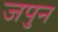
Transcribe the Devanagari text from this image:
जपुन